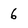
Character: 6